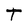
Character: T